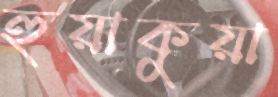
হুয়াকুয়া